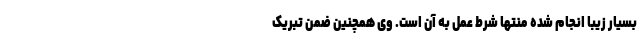
بسیار زیبا انجام شده منتها شرط عمل به آن است. وی همچنین ضمن تبریک